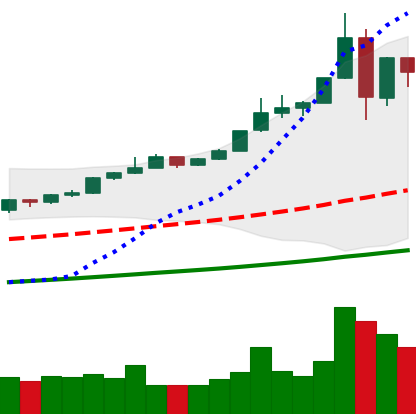
Ticker: BTC-USD
Chart end date: 2019-06-29
Forward return: -6.22%
Label: down_5_7